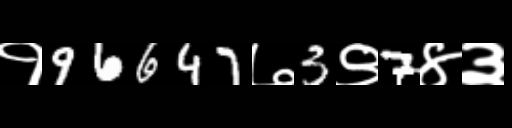
Text: १96647७3९7४३